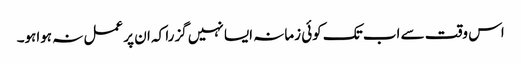
اس وقت سے اب تک کوئی زمانہ ایسا نہیں گزرا کہ ان پر عمل نہ ہواہو۔